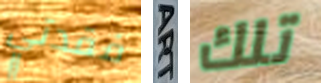
فقدتي ART تلك